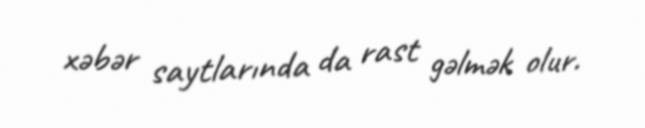
xəbər saytlarında da rast gəlmək olur.